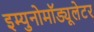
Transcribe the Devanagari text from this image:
इम्युनोमॉड्यूलेटर